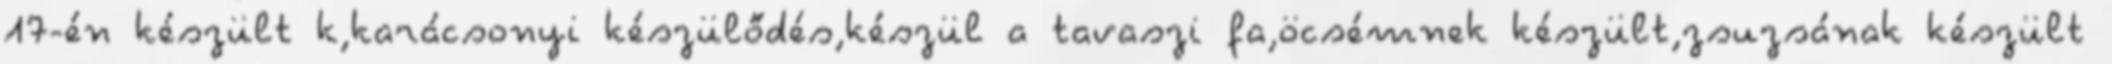
17-én készült k,karácsonyi készülődés,készül a tavaszi fa,öcsémnek készült,zsuzsának készült